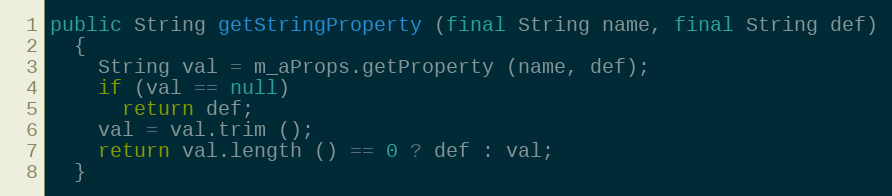
Language: Java
public String getStringProperty (final String name, final String def)
  {
    String val = m_aProps.getProperty (name, def);
    if (val == null)
      return def;
    val = val.trim ();
    return val.length () == 0 ? def : val;
  }